65_HS1-834228961_62-HQ-83894_Section_5
Agency: FBI
Page 63
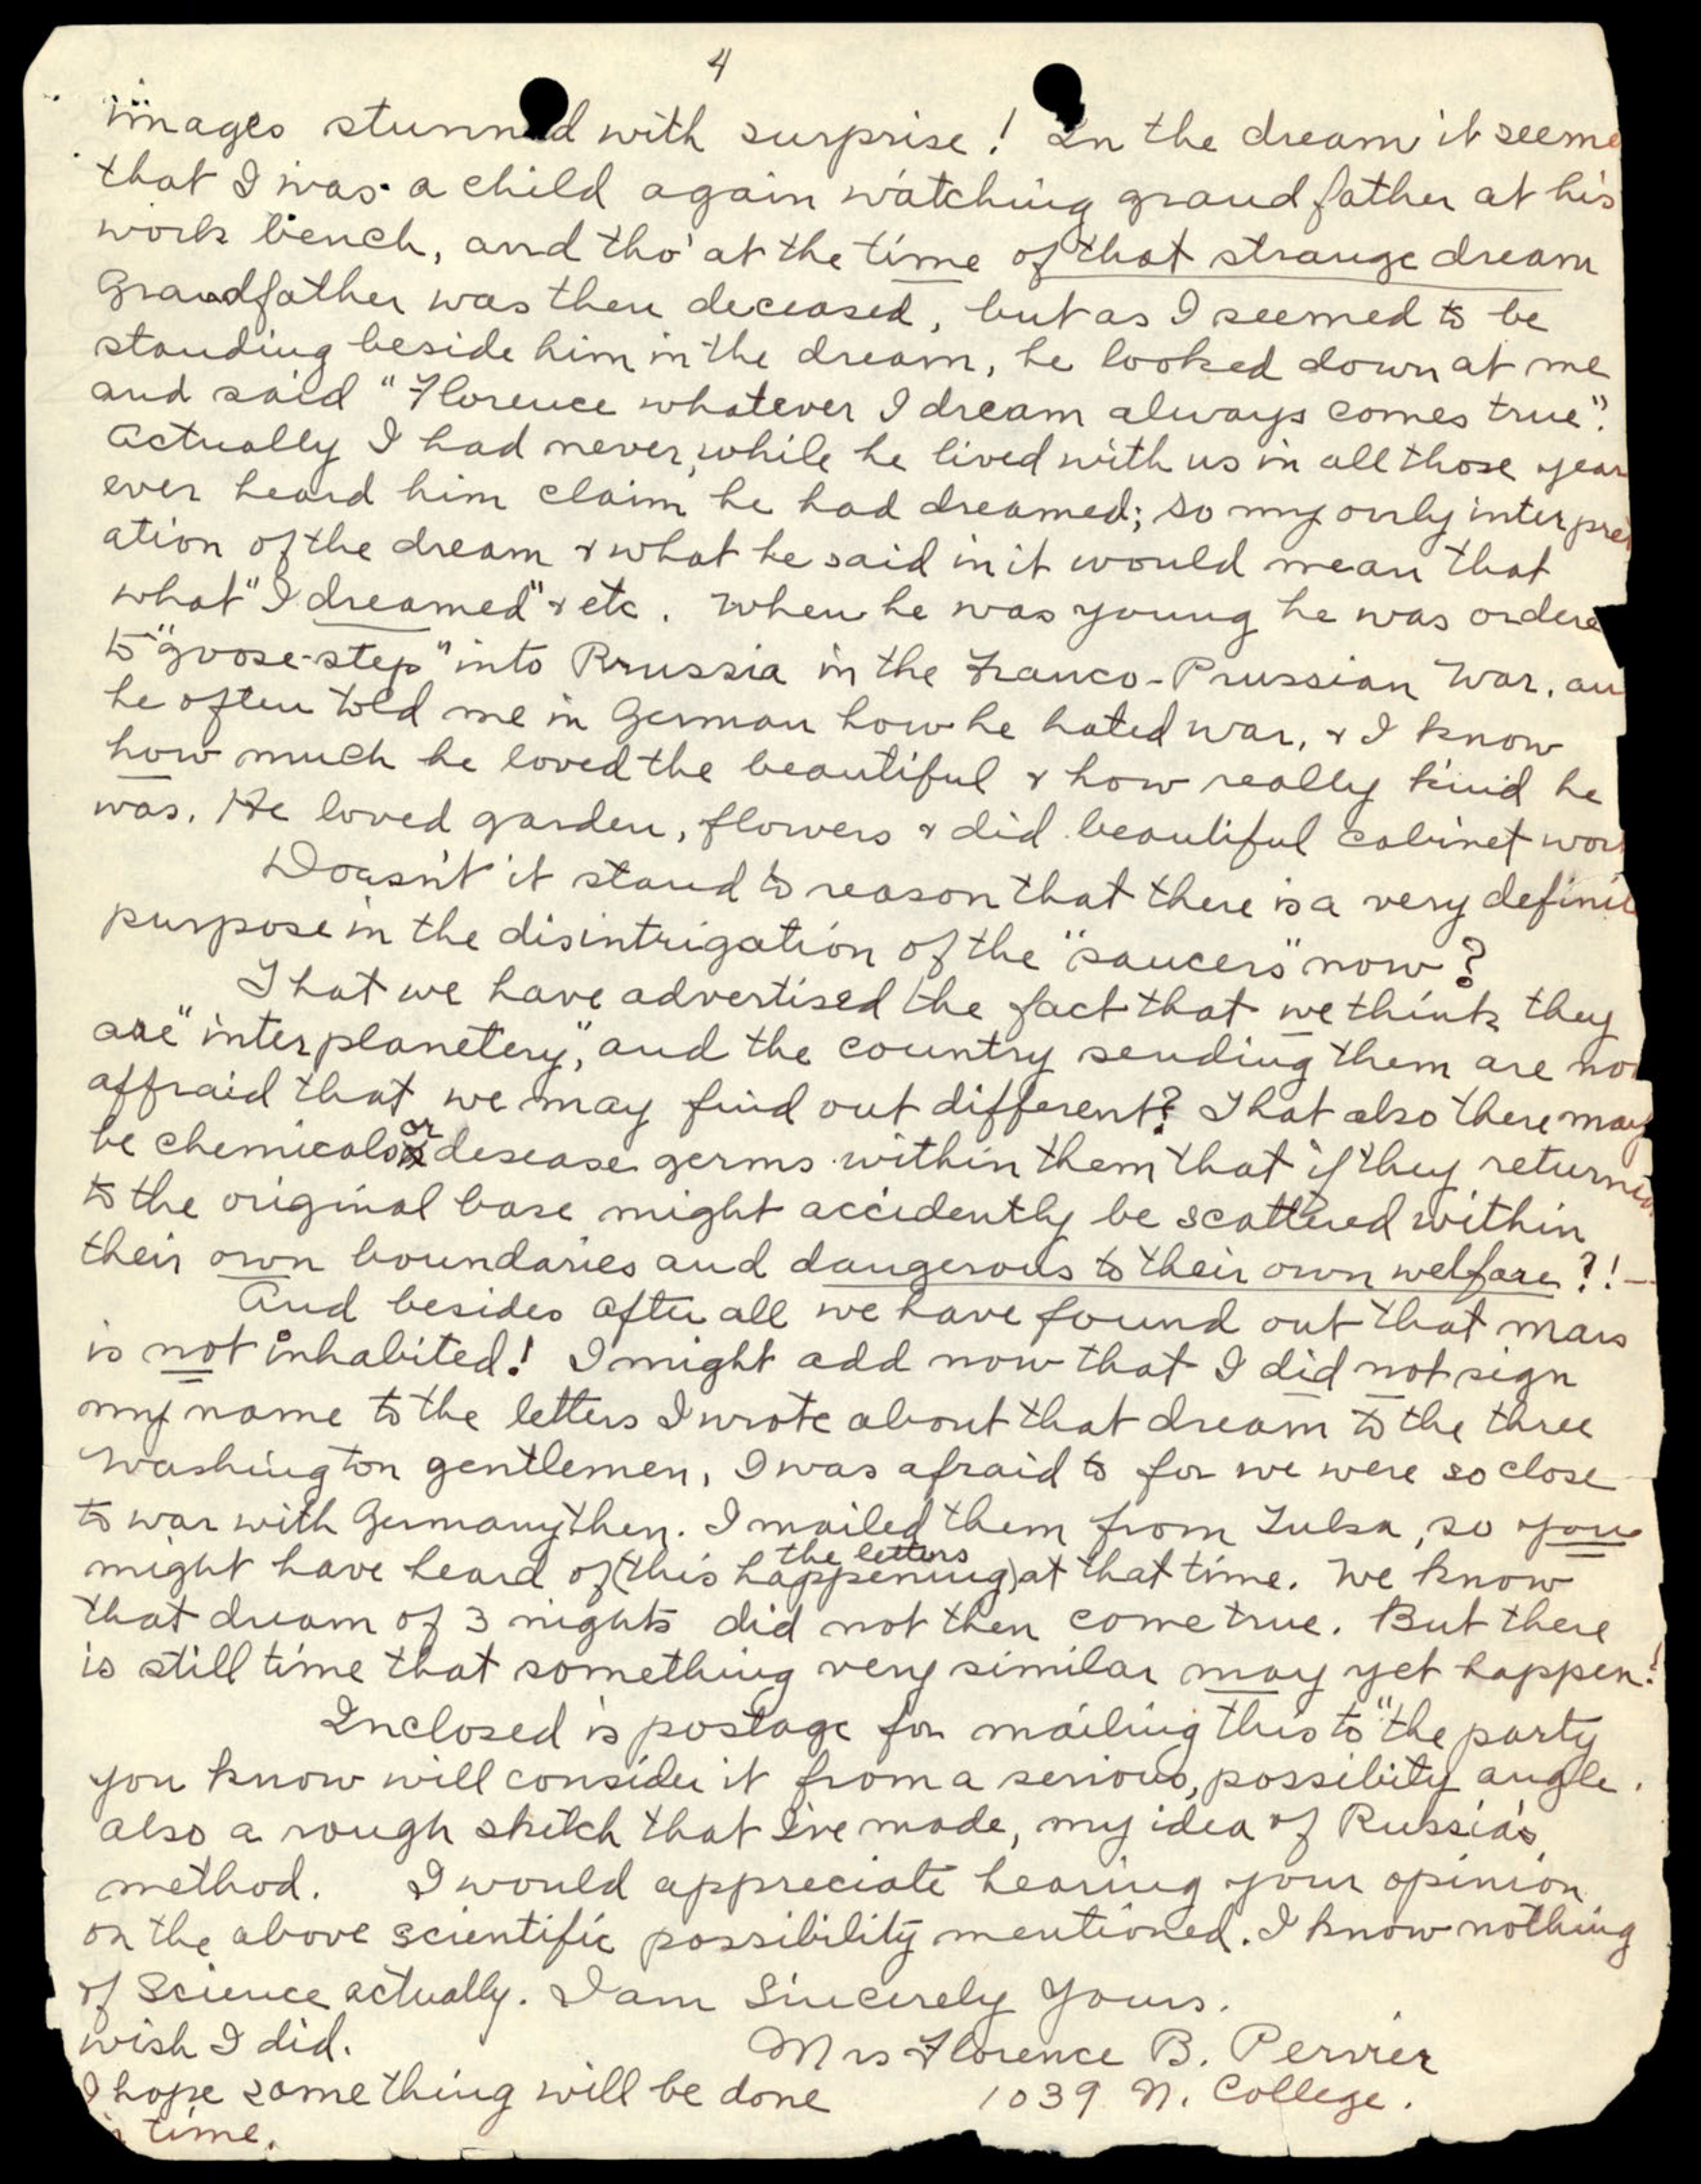